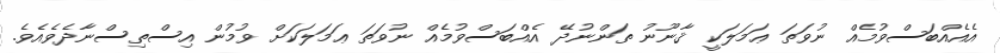
އެއެއްބަސްވުމެއް ނުވަތަ ޢަމަލަކީ ޤާނޫނު ތަންނުދޭ އެއްބަސްވުމެއް ނުވަތަ ޢަމަލަކަށް ވުމުން އިސްތިސްނާދެވެއެވެ.